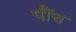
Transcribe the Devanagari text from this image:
पौंच